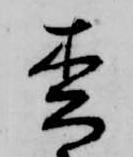
松